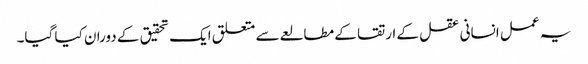
یہ عمل انسانی عقل کے ارتقا کے مطالعے سے متعلق ایک تحقیق کے دوران کیا گیا۔